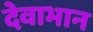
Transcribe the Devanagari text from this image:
देवाभान